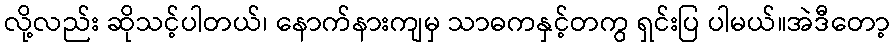
လို့လည်း ဆိုသင့်ပါတယ်၊ နောက်နားကျမှ သာဓကနှင့်တကွ ရှင်းပြ ပါမယ်။အဲဒီတော့